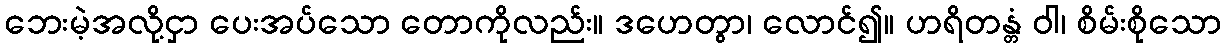
ဘေးမဲ့အလို့ငှာ ပေးအပ်သော တောကိုလည်း။ ဒဟေတွာ၊ လောင်၍။ ဟရိတန္တံ ဝါ၊ စိမ်းစိုသော